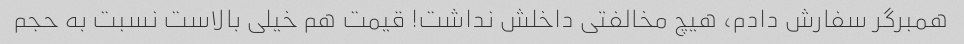
همبرگر سفارش دادم، هیچ مخالفتی داخلش نداشت! قیمت هم خیلی بالاست نسبت به حجم